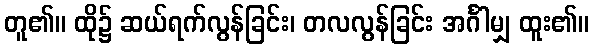
တူ၏။ ထို၌ ဆယ်ရက်လွန်ခြင်း၊ တလလွန်ခြင်း အင်္ဂါမျှ ထူး၏။